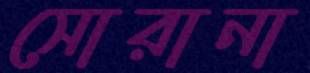
সোরানা